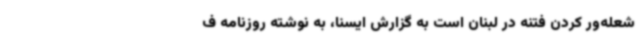
شعله‌ور کردن فتنه در لبنان است به گزارش ایسنا، به نوشته روزنامه ف